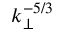
k _ { \perp } ^ { - 5 / 3 }